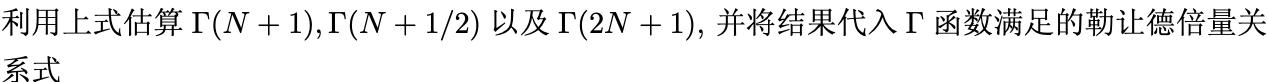
利用上式估算 $\Gamma(N + 1),\Gamma(N + 1/2)$ 以及 $\Gamma(2N + 1)$，并将结果代入 $\Gamma$ 函数满足的勒让德倍量关系式